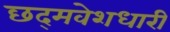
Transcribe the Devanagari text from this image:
छद्‍मवेशधारी